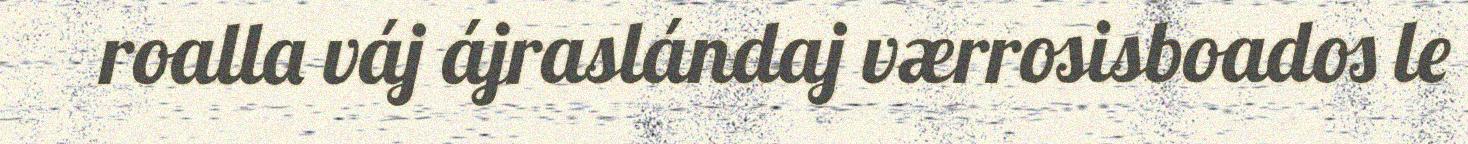
roalla váj ájraslándaj værrosisboados le